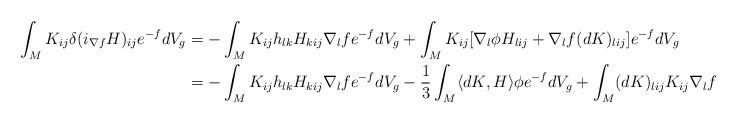
LaTeX: \begin{align*} \int_M K_{ij}\delta(i_{\nabla f} H)_{ij}e^{-f}dV_g&=-\int_M K_{ij}h_{lk}H_{kij}\nabla_lfe^{-f}dV_g +\int_M K_{ij}[\nabla_l\phi H_{lij}+\nabla_l f (dK)_{lij}]e^{-f}dV_g \\&=-\int_M K_{ij}h_{lk}H_{kij}\nabla_lfe^{-f}dV_g-\frac{1}{3}\int_M \langle dK,H \rangle\phi e^{-f}dV_g+\int_M (dK)_{lij}K_{ij}\nabla_l fe^{-f}dV_g\end{align*}